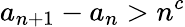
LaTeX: a_{n+1}-a_{n}>n^{c}